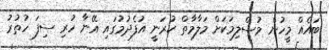
ބައެއް މީހުން މުސްލިމަކަށް މަލާމާތް ކުރަނީ އުފެދުމުގައި އޭނާ ހުރި ސިފަ ހުތުރު